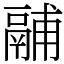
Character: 鬴